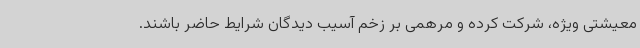
معیشتی ویژه، شرکت کرده و مرهمی بر زخم آسیب دیدگان شرایط حاضر باشند.